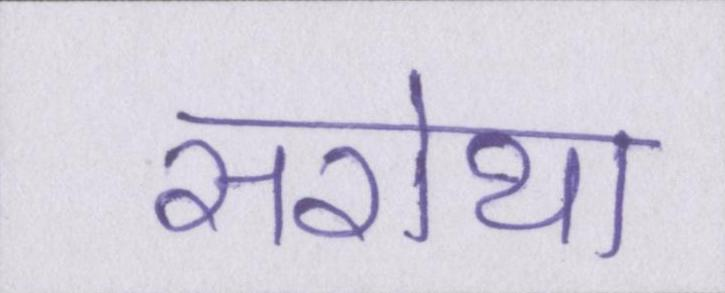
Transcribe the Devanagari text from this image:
सरोथा